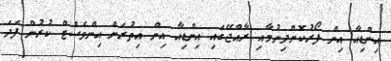
އިންޑިއާ އިން ފޯރުކޮށްދިނުމާއި ރާއްޖޭގައި އިންޑިއާ އިން އިތުުރަށް އިންވެސްޓް ކުރުން ފަދަ